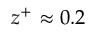
z ^ { + } \approx 0 . 2